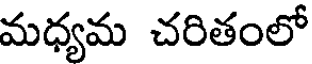
మధ్యమ చరితంలో